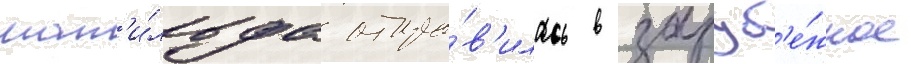
мат'и́льда отпра́в'илась в заруб'е́жное